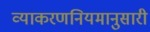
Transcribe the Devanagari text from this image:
व्याकरणनियमानुसारी